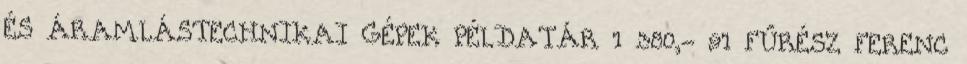
ÉS ÁRAMLÁSTECHNIKAI GÉPEK PÉLDATÁR 1 380,- 91 FŰRÉSZ FERENC